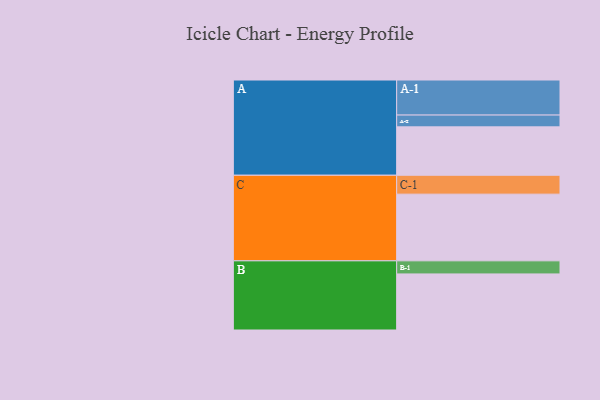
{"axis": {"x": "Segment", "y": "Value"}, "legend": ["", "A", "B", "C"], "data": [{"x": "A", "y": 410, "type": ""}, {"x": "B", "y": 475, "type": ""}, {"x": "C", "y": 565, "type": ""}, {"x": "A-1", "y": 297, "type": "A"}, {"x": "A-2", "y": 100, "type": "A"}, {"x": "B-1", "y": 111, "type": "B"}, {"x": "C-1", "y": 160, "type": "C"}]}